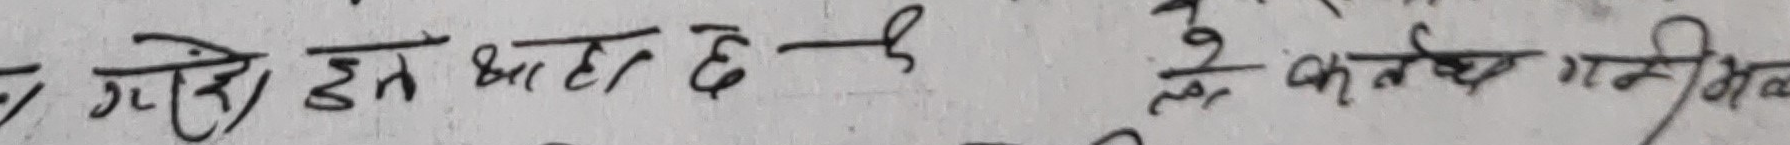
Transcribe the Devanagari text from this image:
गरि हुने भाटा छ कतयक गनियक